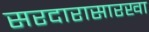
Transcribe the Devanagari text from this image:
सरदारासारखा